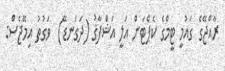
ރާއްޖޭގެ ގައުމީ ޓީމްގެ ކެޕްޓަން އަލީ އަޝްފާޤު (ދަގަނޑޭ)  ވަގުތު އިމޭޖެސް: